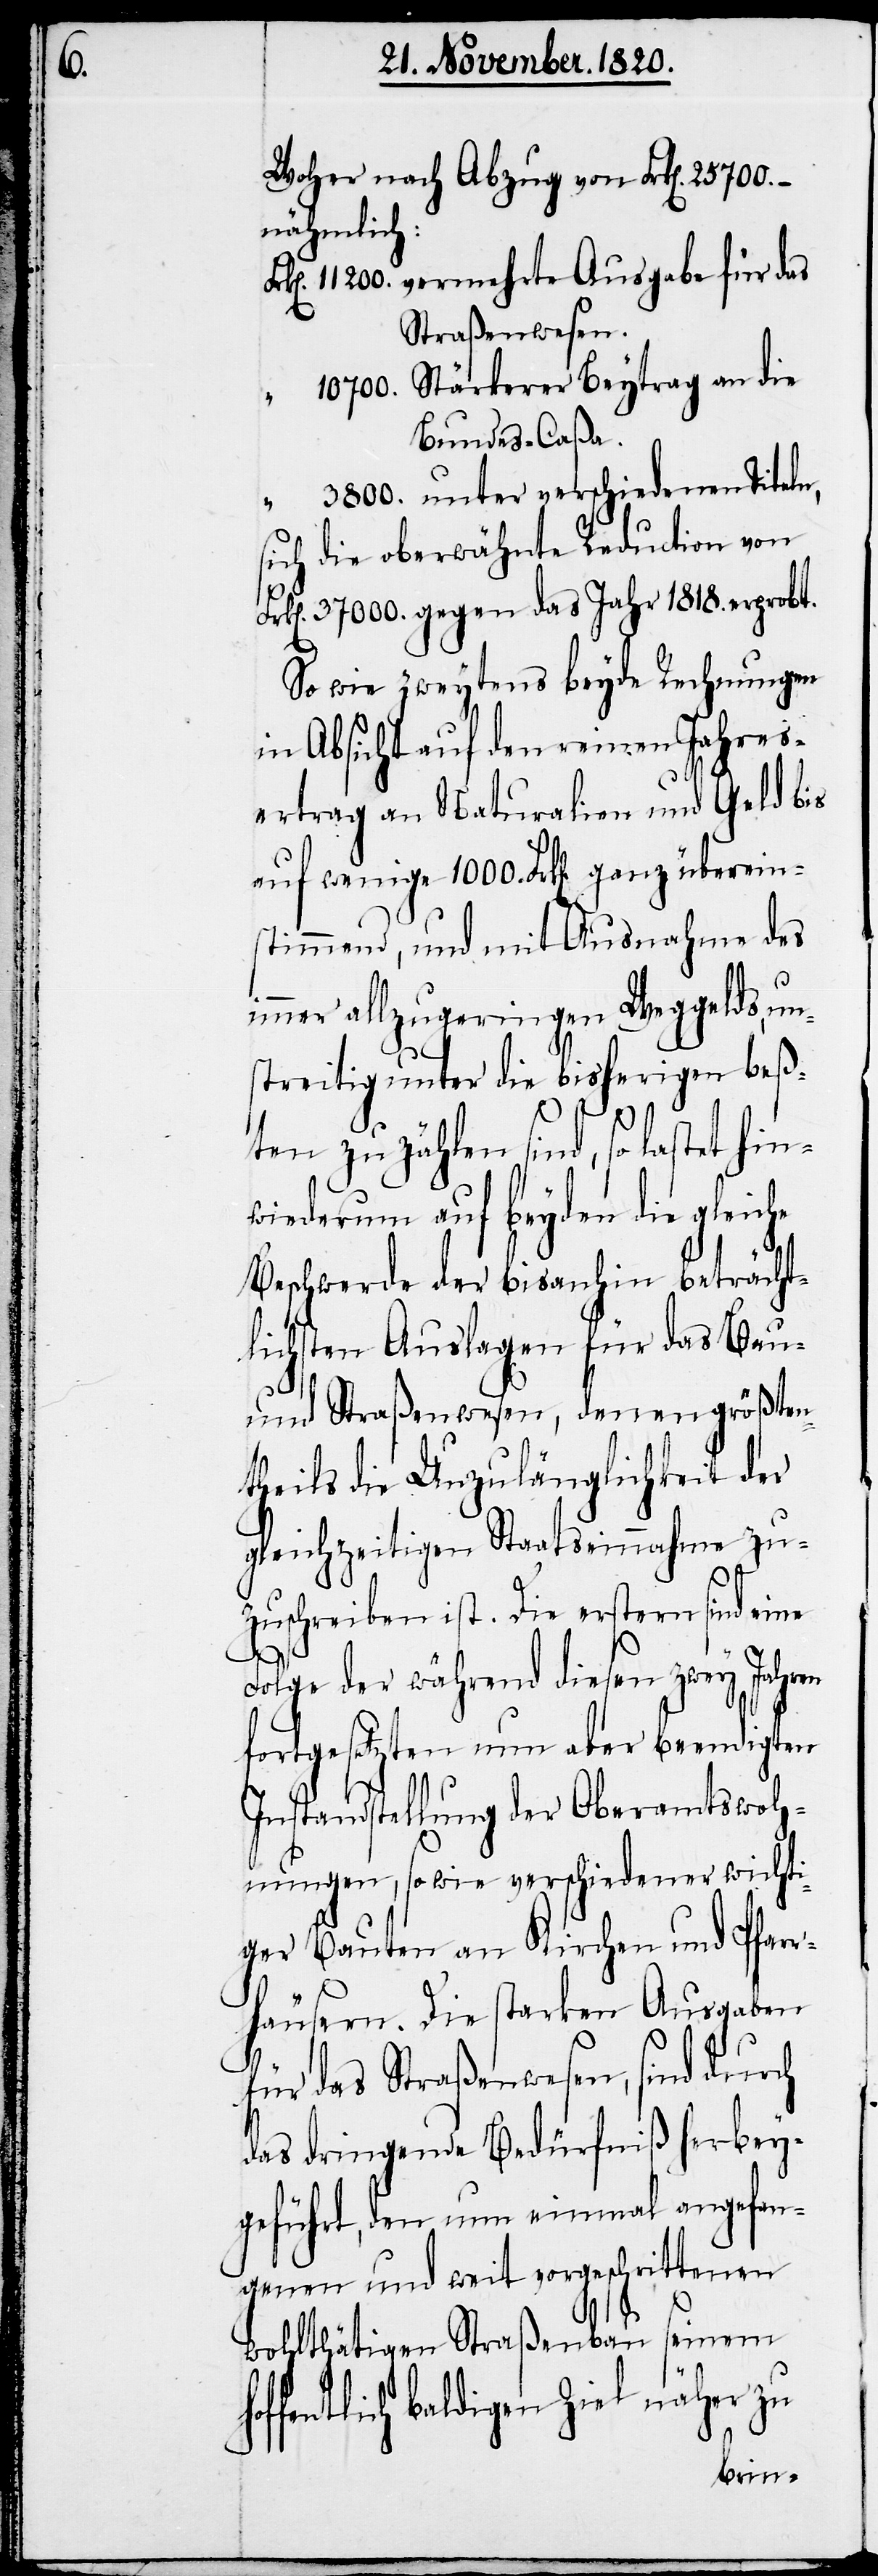
ho¬

Woher nach Abzug von Frk[en].
nähmlich:
200. vermehrte Ausgabe für das
Straßenwesen.
700. Stärkerer Beytrag an die
Bundes-Caßa.
“			3800. unter verschiedenen Titeln,
sich die oberwähnte Reduction von
k[en]. 37 000. gegen das Jahr 1818. erprobt.
So wie zweytens beyde Rechnungen
in Absicht auf den reinen Jahres¬
ertrag an Naturalien und Geld bis
auf wenige 1000. Frk[en]. ganz überein¬
stimmend, und mit Ausnahme des
immer allzugeringen Weggelds, un¬
streitig unter die bisherigen beß¬
ten zu zählen sind, so lastet hin¬
wiederum auf beyden die gleiche
Beschwerde der bisanhin beträcht¬
lichsten Auslagen für das Bau-
und Straßenwesen, denen größten¬
theils die Unzulänglichkeit der
gleichzeitigen Staatseinnahme zu¬
zuschreiben ist. Die erstern sind eine
Folge der während diesen zwey Jahren
fortgesetzten nun aber beendigten
Instandstellung der Oberamtswoh¬
nungen, sowie verschiedener wichti¬
ger Bauten an Kirchen und Pfarr¬
häusern. Die starken Ausgaben
für das Straßenwesen, sind durch
das dringende Bedürfniß herbey¬
geführt, den nun einmal angefan¬
genen und weit vorgeschrittenen
seinem
wohlthätigen Straßenbau
ffentlich baldigen Ziel näher zu